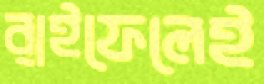
রাইফেলেই